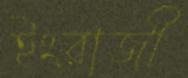
ইংরাজী